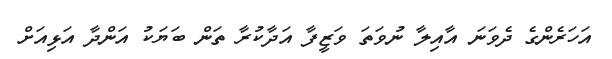
އަހަރެންގެ ދެވަނަ އާއިލާ ނުވަތަ ވަޒީފާ އަދާކުރާ ތަން ބަޔަކު އަންދާ އަޅިއަށް